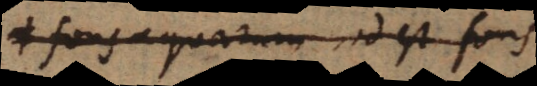
fons aquarum, id est fons